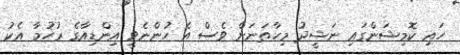
ހައި ކޮމިޝަންގައި ނަޝީދު މިހާތަނަށް ވެސް އެ ހުންނެވީ އިންޑިއާގެ ރުހުމާ އެކު